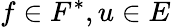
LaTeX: f\in F^{*},u\in E